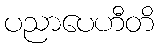
ပညာပေဟီတိ